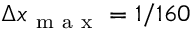
\Delta x _ { \mathrm { ~ m ~ a ~ x ~ } } = 1 / 1 6 0